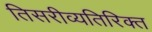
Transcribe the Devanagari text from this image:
तिसरीव्यतिरिक्त